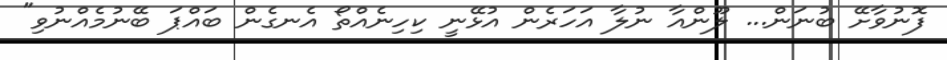
ފޮނުވާށޭ ބުނަން... ލޫންއާ ނުލާ އަހަރެން އުޅޭނީ ކިހިނެއްތޯ އެނގެން ބައްޕަ ބޭނުމެއްނުވި"